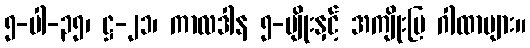
၅-ပါ-၃၅၊ ဋ္ဌ-၂၁၊ ကာလဒါန ၅-မျိုးနှင့် အကျိုးပြ ဂါထာများ။